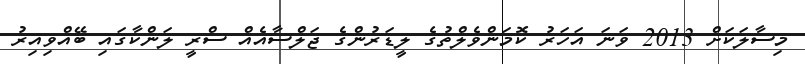
މިސާލަކަށް 2013 ވަނަ އަހަރު ކޮމަންވެލްތުގެ ލީޑަރުންގެ ޖަލްސާއެއް ސްރީ ލަންކާގައި ބޭއްވިއިރު